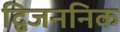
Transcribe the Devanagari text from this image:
द्विजननिक